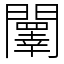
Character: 䦴